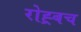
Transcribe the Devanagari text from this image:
रोह्र्बच